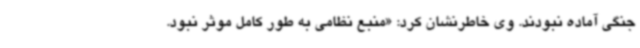
جنگی آماده نبودند. وی خاطرنشان کرد: «منبع نظامی به طور کامل موثر نبود.